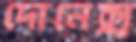
দোনেক্স